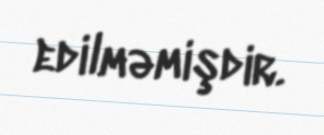
edilməmişdir.